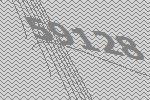
59128